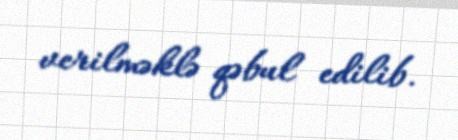
verilməklə qəbul edilib.